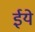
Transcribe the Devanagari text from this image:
ईये